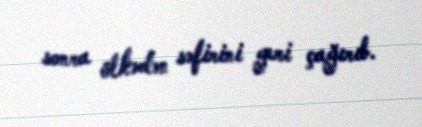
sonra ölkədən səfirini geri çağırıb.